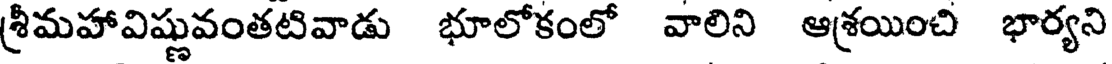
శ్రీమహావిష్ణువంతటివాడు భూలోకంలో వాలిని ఆశ్రయించి భార్యని